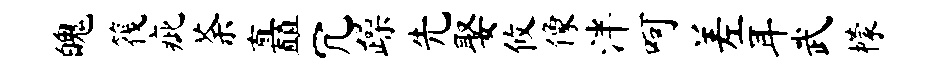
魄筏疵荼矗冗躁先娶攸像泮呵差耳武檬